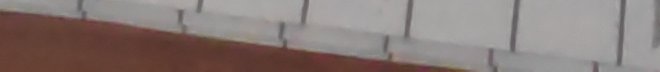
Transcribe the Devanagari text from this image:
मनुवा त्यो दिन देखेर आइन्स्